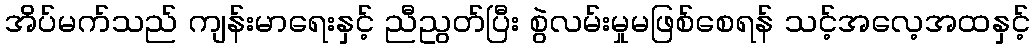
အိပ်မက်သည် ကျန်းမာရေးနှင့် ညီညွတ်ပြီး စွဲလမ်းမှုမဖြစ်စေရန် သင့်အလေ့အထနှင့်